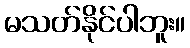
မသတ်နိုင်ပါဘူး။